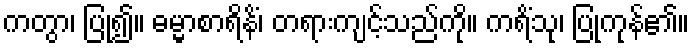
ကတွာ၊ ပြု၍။ ဓမ္မာစာရိနိံ၊ တရားကျင့်သည်ကို။ ကရိံသု၊ ပြုကုန်၏။